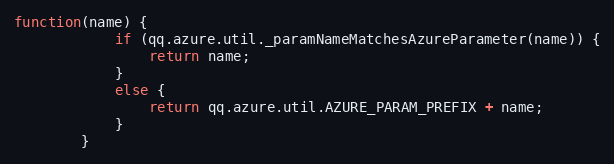
Language: JavaScript
function(name) {
            if (qq.azure.util._paramNameMatchesAzureParameter(name)) {
                return name;
            }
            else {
                return qq.azure.util.AZURE_PARAM_PREFIX + name;
            }
        }